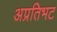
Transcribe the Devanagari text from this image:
अप्रतिभट